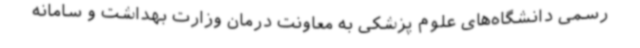
رسمی دانشگاه‌های علوم پزشکی به معاونت درمان وزارت بهداشت و سامانه